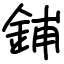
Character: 鋪